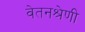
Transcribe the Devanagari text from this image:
वेतनश्रेणी